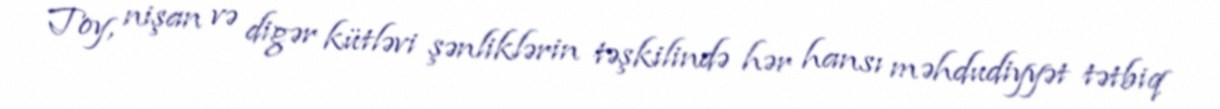
Toy, nişan və digər kütləvi şənliklərin təşkilində hər hansı məhdudiyyət tətbiq